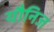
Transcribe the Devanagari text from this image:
यौनिज